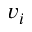
v _ { i }